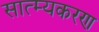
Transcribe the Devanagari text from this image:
सात्म्यकरण